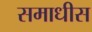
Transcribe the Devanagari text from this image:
समाधीस